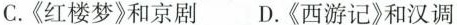
C.《红楼梦》和京剧 D.《西游记》和汉调